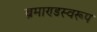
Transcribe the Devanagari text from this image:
ब्रमाण्डस्वरूप